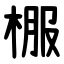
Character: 棴